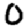
Digit: 0